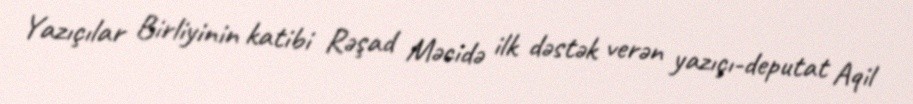
Yazıçılar Birliyinin katibi Rəşad Məcidə ilk dəstək verən yazıçı-deputat Aqil